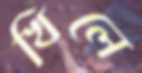
খিলে